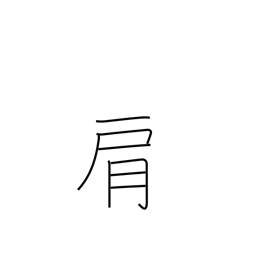
Meaning: shoulder